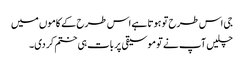
جی اس طرح تو ہوتا ہے اس طرح کے کاموں میں
چلیں آپ نے تو موسیقی پر بات ہی ختم کر دی۔